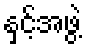
နှင့်အဖွဲ့